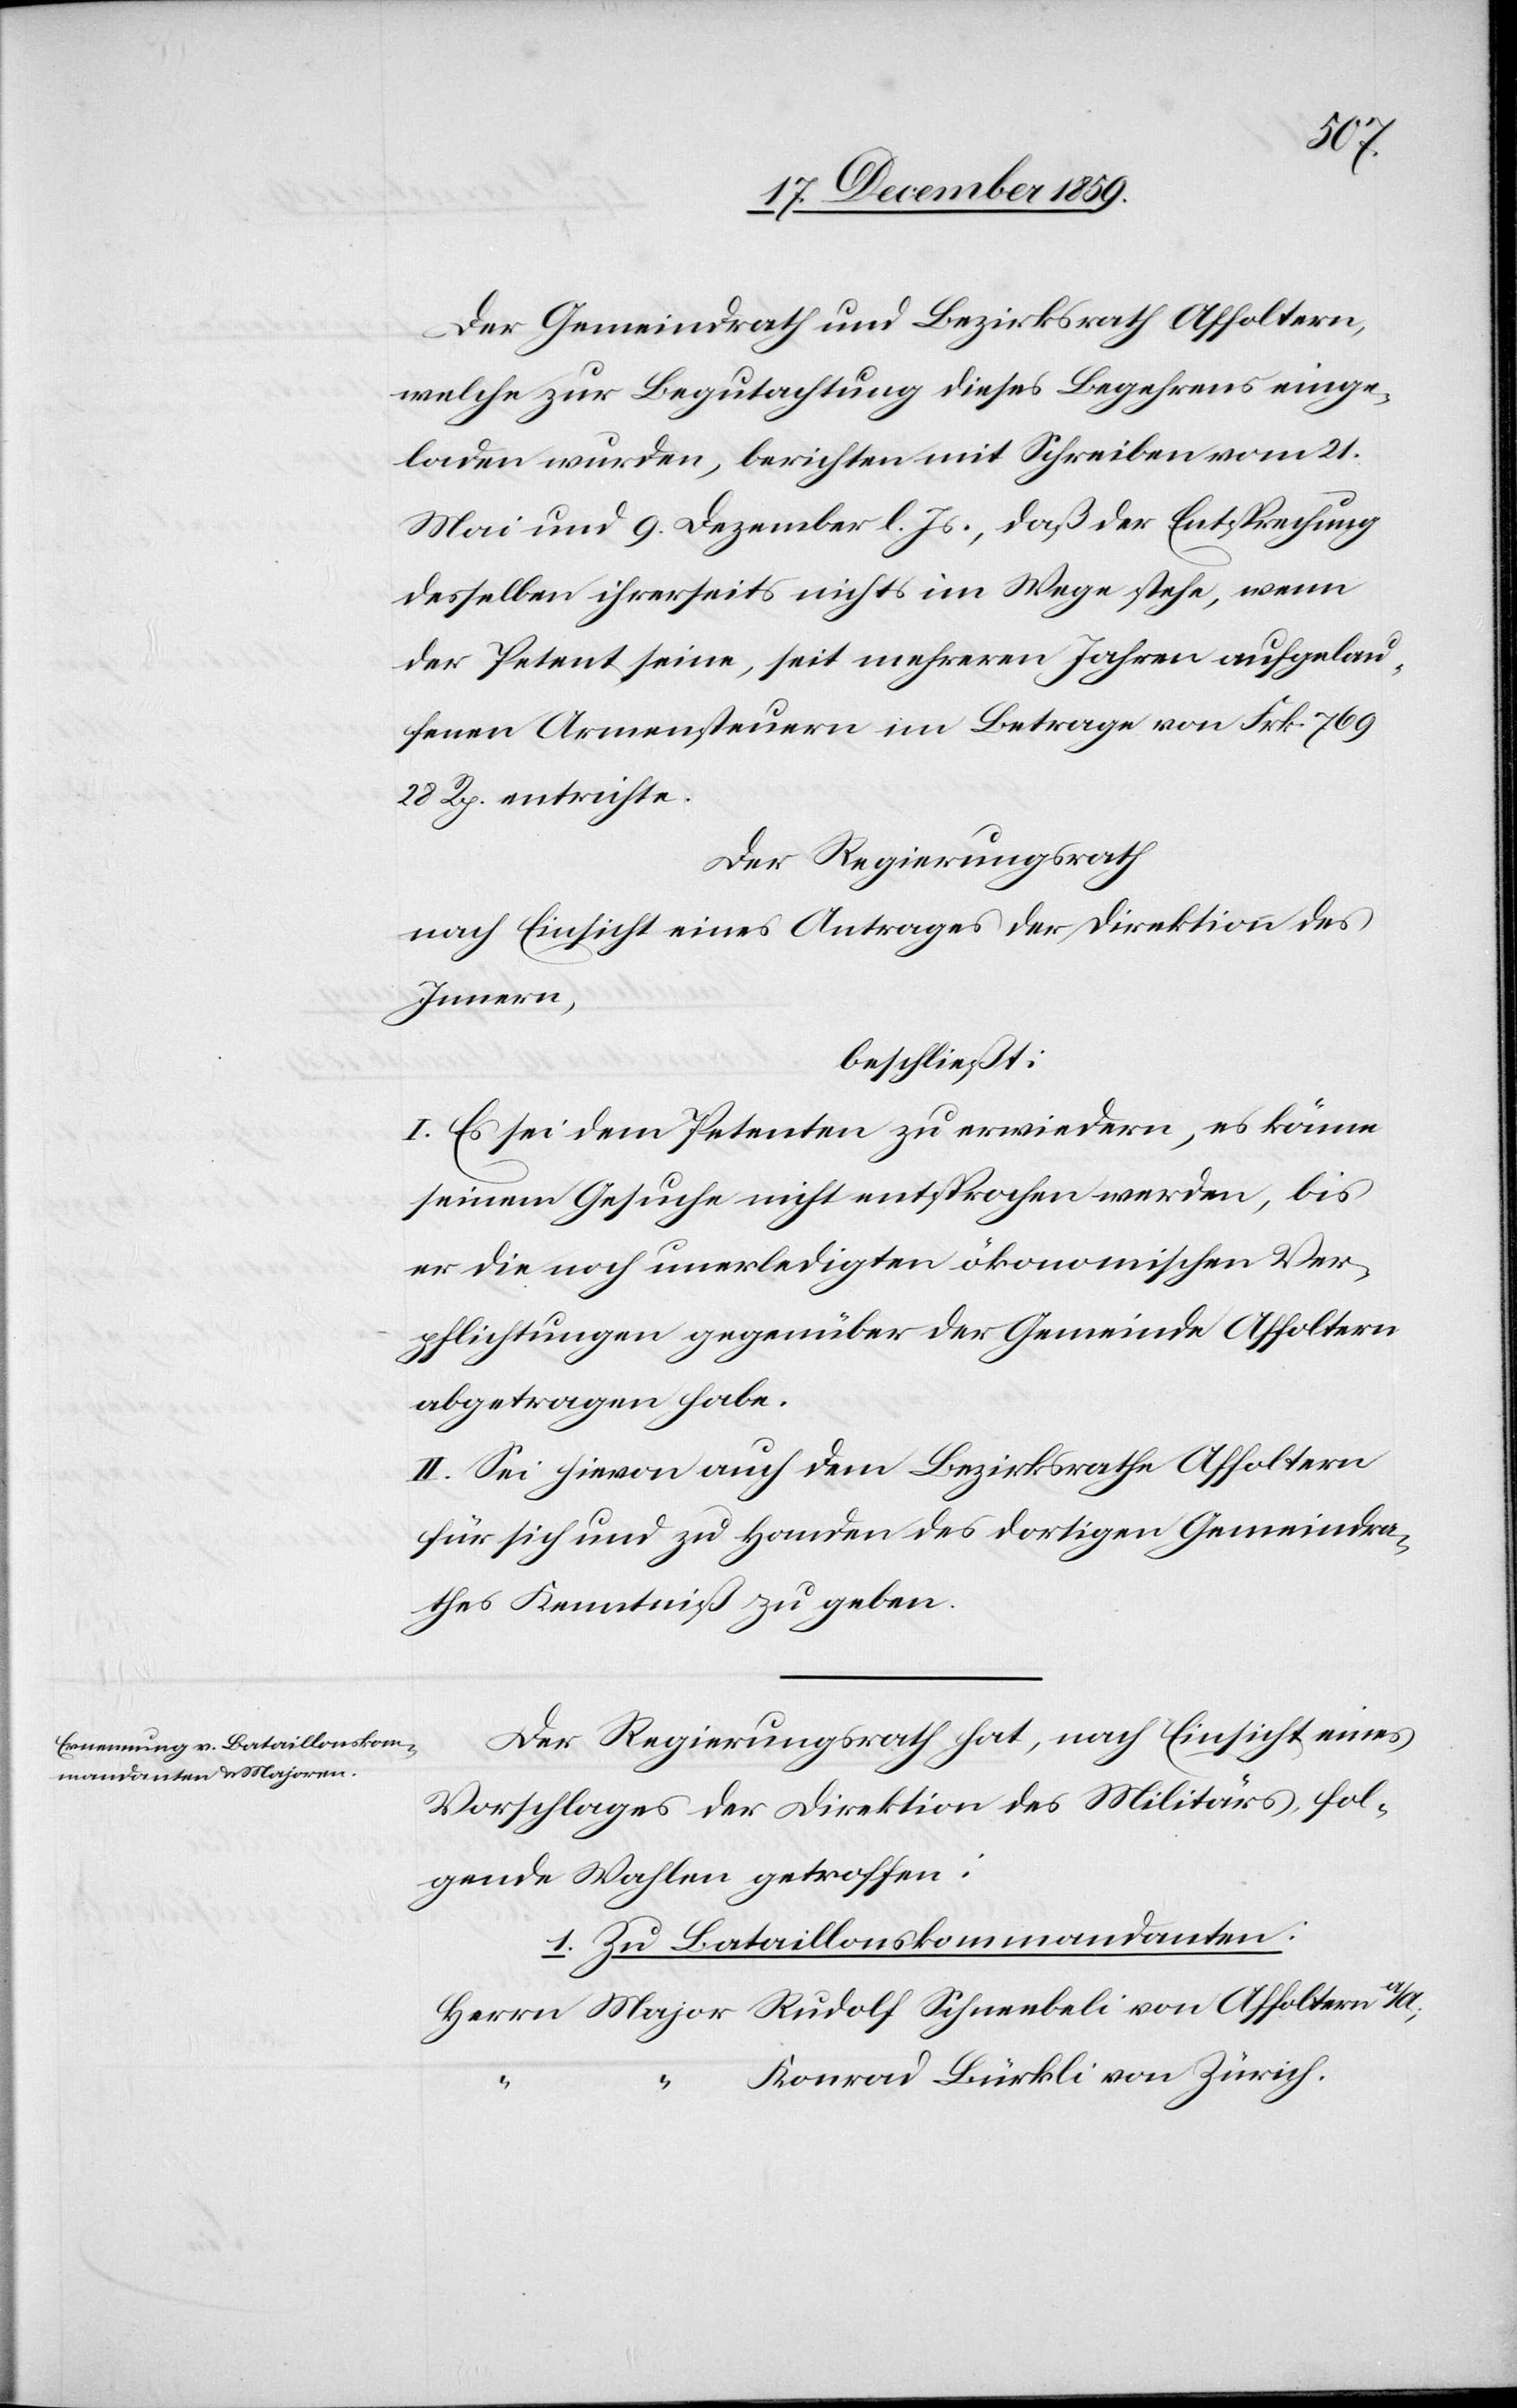
Der Gemeindrath und Bezirksrath Affoltern,
welche zur Begutachtung dieses Begehrens einge¬
laden wurden, berichten mit Schreiben vom 21.
Mai und 9. Dezember l. Js., daß der Entsprechung
desselben ihrerseits nichts im Wege stehe, wenn
der Petent seine, seit mehreren Jahren aufgelau¬
fenen Armensteuern im Betrage von Frk. 769
28 Rp. entrichte.
Der Regierungsrath
nach Einsicht eines Antrages der Direktion des
Innern
beschließt:
I. Es sei dem Petenten zu erwiedern, es könne
seinem Gesuche nicht entsprochen werden, bis
er die noch unerledigten ökonomischen Ver¬
pflichtungen gegenüber der Gemeinde Affoltern
abgetragen habe.
II. Sei hievon auch dem Bezirksrathe Affoltern
für sich und zu Handen des dortigen Gemeindra¬
thes Kenntniß zu geben.
Der Regierungsrath hat, nach Einsicht eines
Antrages der Direktion des Militärs, fol¬
gende Wahlen getroffen:
1. Zu Bataillonskommandanten:
Konrad Bürkli von Zürich.